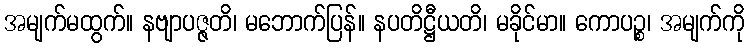
အမျက်မထွက်။ နဗျာပဇ္ဇတိ၊ မဘောက်ပြန်။ နပတိဋ္ဌီယတိ၊ မခိုင်မာ။ ကောပဉ္စ၊ အမျက်ကို